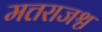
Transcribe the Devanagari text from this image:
मत्तराजश्च